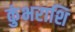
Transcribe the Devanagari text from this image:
कुंभराशि